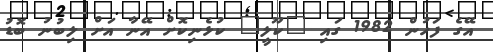
އޭގެ ފަހުން 1982 ގައި "ކޫލީ" ކުޅެނިކޮށް އޭނާ އަށް ލިބުނު ބޮޑު